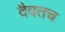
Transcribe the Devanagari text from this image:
दैवतच